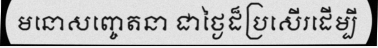
មនោសញ្ចេតនា ជាថ្ងៃដ៏ប្រសើរដើម្បី